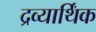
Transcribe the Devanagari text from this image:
द्रव्यार्थिंक